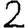
Digit: 2